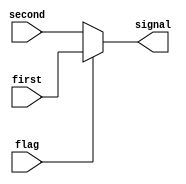


module mux_two(first,second,flag,signal);
	input [15:0] first;
	input [15:0] second;
	input flag;
	output [15:0] signal;
	//copied from util
	assign signal = flag ? first : second;
endmodule